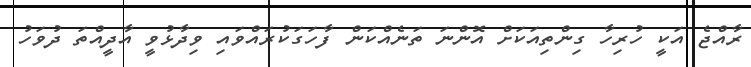
ރާއްޖެ އަކީ ހުރިހާ ގިންތިއަކަށް އޮންނަ ތަނެއްކަން ފާހަގަކުރައްވައި ވިދާޅުވީ އާދީއްތަ ދުވަހު